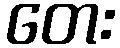
တေး